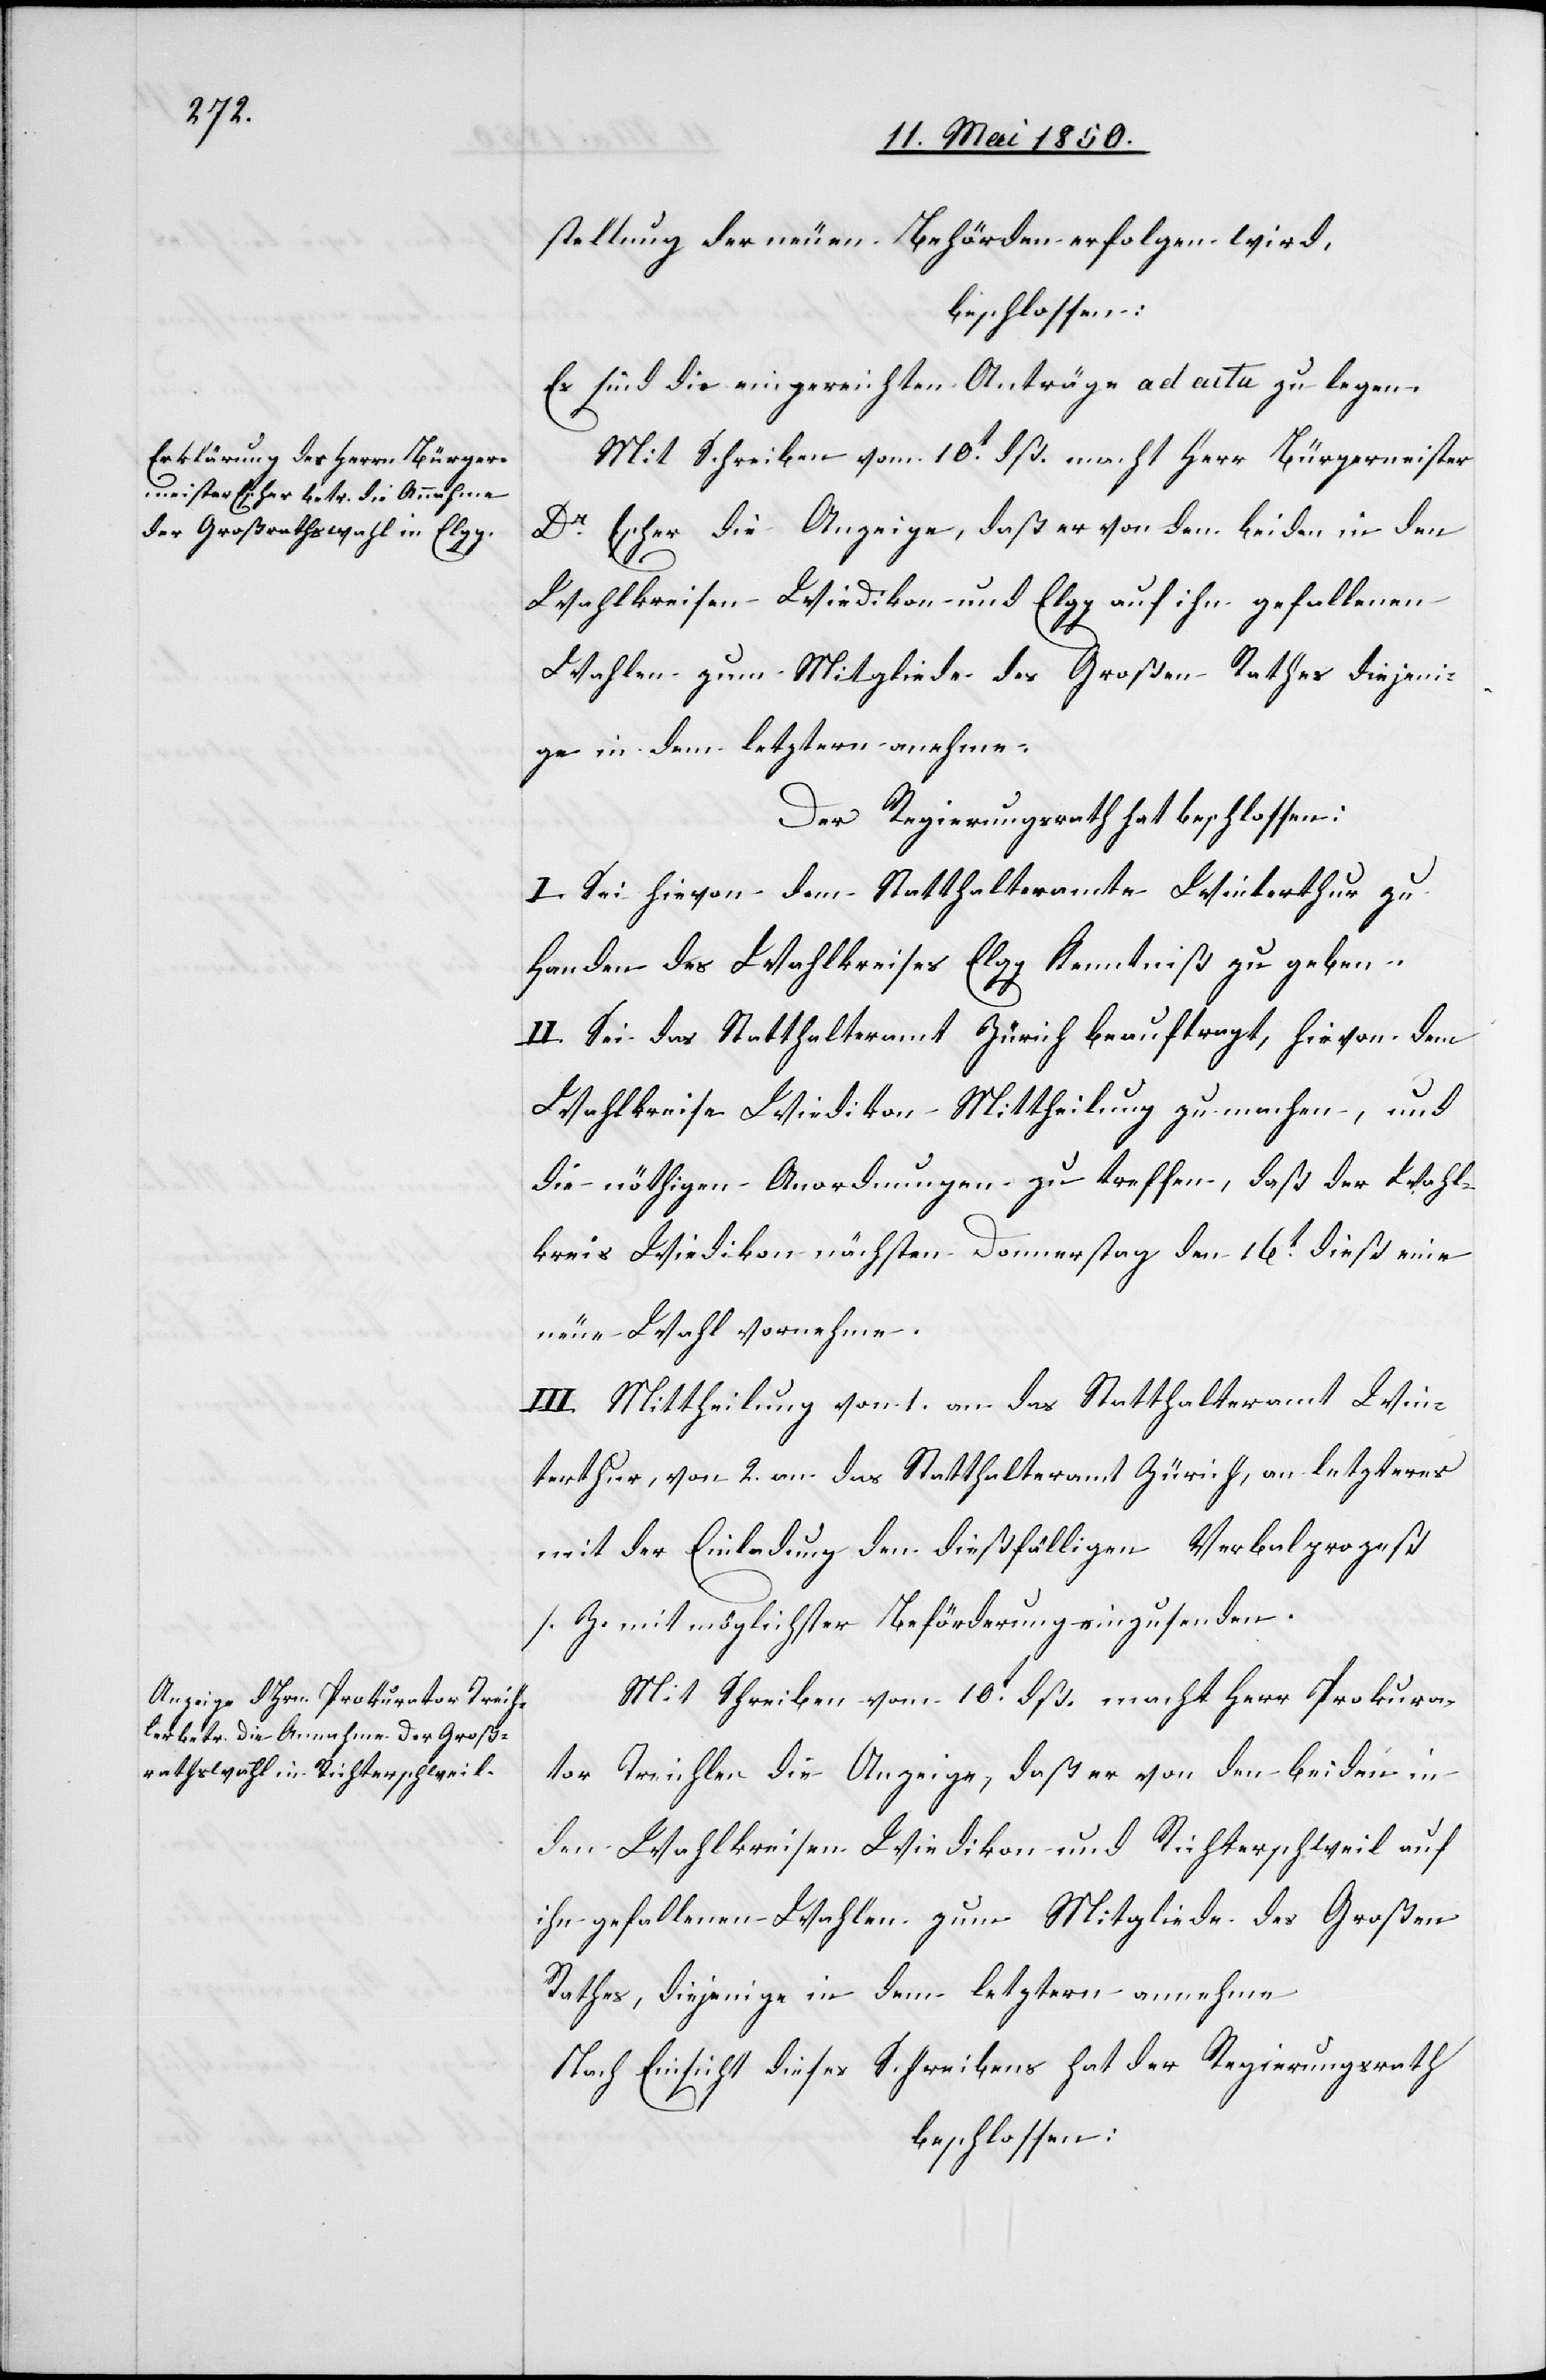
stellung der neuen Behörden erfolgen wird,
beschlossen:
Es sind die eingereichten Anträge ad acta zu legen.
Mit Schreiben vom 10t dß. macht Herr Bürgermeister
Dr Escher die Anzeige, daß er von den beiden in den
Wahlkreisen Wiedikon und Elgg auf ihn gefallenen
Wahlen zum Mitgliede des Großen Rathes diejeni¬
ge in dem letztern annehme.
der Regierungsrath hat beschlossen:
I. Sei hievon dem Statthalteramte Winterthur zu
Handen des Wahlkreises Elgg Kenntniß zu geben.
II. Sei das Statthalteramt Zürich beauftragt, hievon dem
Wahlkreise Wiedikon Mittheilung zu machen, und
die nöthigen Anordnungen zu treffen, daß der Wahl¬
kreis Wiedikon nächsten Donnerstag den 16t dieß eine
neue Wahl vornehme.
III. Mittheilung von 1. an das Statthalteramt Win¬
terthur, von 2. an das Statthalteramt Zürich, an letzteres
mit der Einladung den dießfälligen Verbalprozeß
s. Z. mit möglichster Beförderung einzusenden.
Mit Schreiben vom 10t dß. macht Herr Prokura¬
tor Treichler die Anzeige, daß er von den beiden in
den Wahlkreisen Wiedikon und Richterschweil auf
ihn gefallenen Wahlen zum Mitgliede des Großen
Rathes, diejenige in dem letztern annehme.
Nach Einsicht dieses Schreibens hat der Regierungsrath
beschlossen: